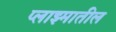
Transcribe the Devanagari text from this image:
प्लाझ्मातील